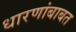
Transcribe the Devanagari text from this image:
धारणांबाबत